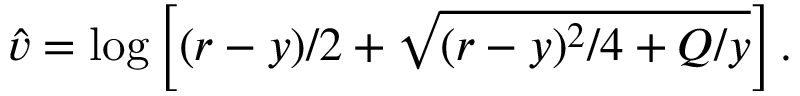
\hat { v } = \log \left[ ( r - y ) / 2 + \sqrt { ( r - y ) ^ { 2 } / 4 + Q / y } \right] .